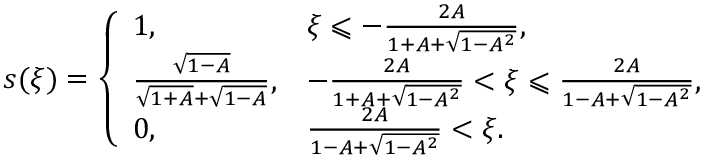
s ( \xi ) = \left\{ \begin{array} { l l } { 1 , } & { \xi \leqslant - \frac { 2 A } { 1 + A + \sqrt { 1 - A ^ { 2 } } } , } \\ { \frac { \sqrt { 1 - A } } { \sqrt { 1 + A } + \sqrt { 1 - A } } , } & { - \frac { 2 A } { 1 + A + \sqrt { 1 - A ^ { 2 } } } < \xi \leqslant \frac { 2 A } { 1 - A + \sqrt { 1 - A ^ { 2 } } } , } \\ { 0 , } & { \frac { 2 A } { 1 - A + \sqrt { 1 - A ^ { 2 } } } < \xi . } \end{array} \right.